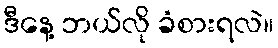
ဒီနေ့ ဘယ်လို ခံစားရလဲ။